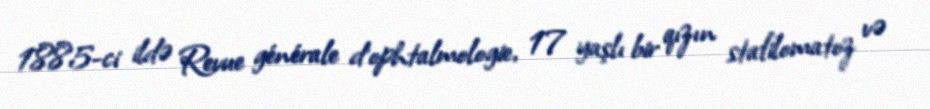
1885-ci ildə Revue générale d'ophtalmologie, 17 yaşlı bir qızın stafilomatoz və